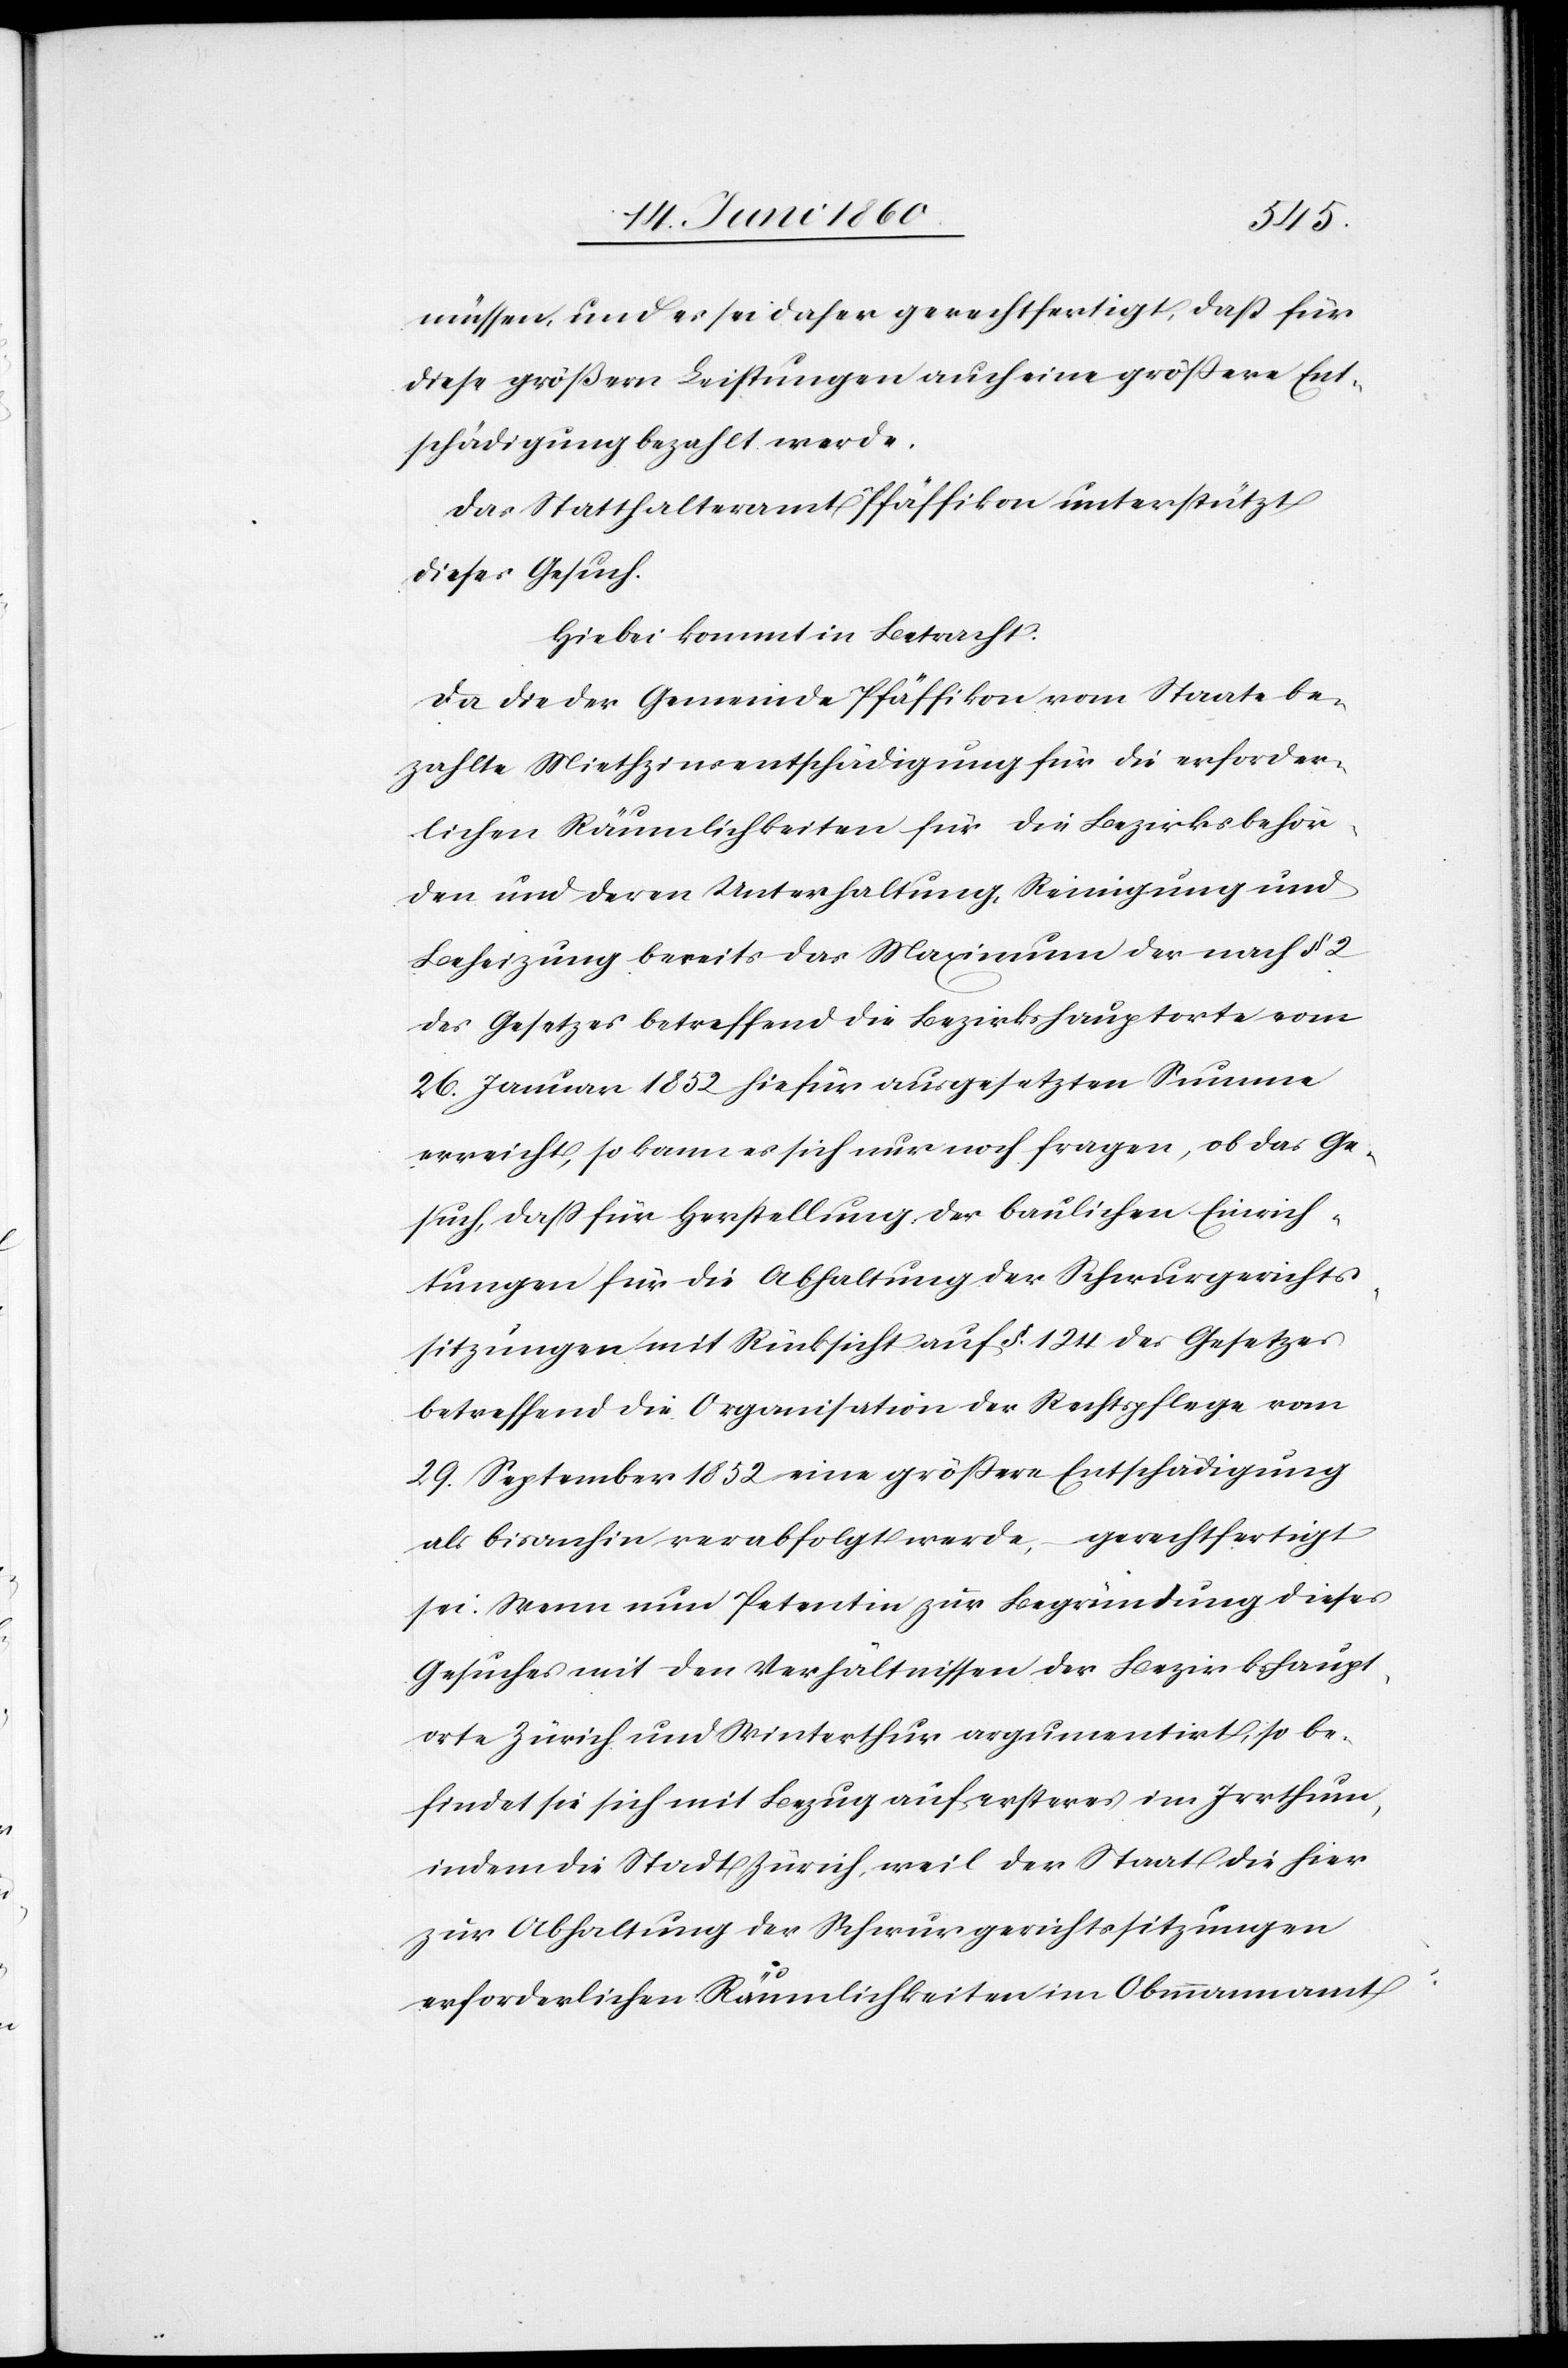
müssen, und es sei daher gerechtfertigt, dass für
diese grössern Leistungen auch eine grössere Ent¬
schädigung bezahlt werde.
Das Statthalteramt Pfäffikon unterstützt
dieses Gesuch.
Hiebei kommt in Betracht:
Da die der Gemeinde Pfäffikon vom Staate be¬
zahlte Miethzinsentschädigung für die erforder¬
lichen Räumlichkeiten für die Bezirksbehör¬
den und deren Unterhaltung, Reinigung und
Beheizung bereits das Maximum der nach §.
des Gesetzes betreffend die Bezirkshauptorte vom
26. Januar 1852 hiefür ausgesetzten Summe
erreicht, so kann es sich nur noch fragen, ob das Ge¬
such, dass für Herstellung der baulichen Einrich¬
tungen für die Abhaltung der Schwurgerichts¬
sitzungen mit Rücksicht auf §. 124 des Gesetzes
betreffend die Organisation der Rechtspflege vom
29. September 1852 eine grössere Entschädigung
als bisanhin verabfolgt werde, gerechtfertigt
sei: Wenn nun Petentin zur Begründung dieses
Gesuches mit den Verhältnissen der Bezirkshaupt¬
orte Zürich und Winterthur argumentirt, so be¬
findet sie sich mit Bezug auf ersteres im Irrthum,
indem die Stadt Zürich, weil der Staat die hier
zur Abhaltung der Schwurgerichtssitzungen
erforderlichen Räumlichkeiten im Obmmmannamt